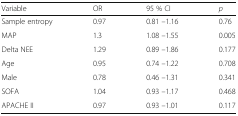
<table><thead><tr><td><b>Variable</b></td><td><b>OR</b></td><td><b>95 % CI</b></td><td><b><i>p</i></b></td></tr></thead><tbody><tr><td>Sample entropy</td><td>0.97</td><td>0.81 –1.16</td><td>0.76</td></tr><tr><td>MAP</td><td>1.3</td><td>1.08 –1.55</td><td>0.005</td></tr><tr><td>Delta NEE</td><td>1.29</td><td>0.89 –1.86</td><td>0.177</td></tr><tr><td>Age</td><td>0.95</td><td>0.74 –1.22</td><td>0.708</td></tr><tr><td>Male</td><td>0.78</td><td>0.46 –1.31</td><td>0.341</td></tr><tr><td>SOFA</td><td>1.04</td><td>0.93 –1.17</td><td>0.468</td></tr><tr><td>APACHE II</td><td>0.97</td><td>0.93 –1.01</td><td>0.117</td></tr></tbody></table>